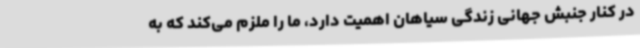
در کنار جنبش جهانی زندگی سیاهان اهمیت دارد، ما را ملزم می‌کند که به